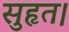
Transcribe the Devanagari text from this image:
सुहृत।